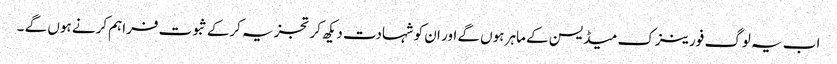
اب یہ لوگ فورینزک میڈیسن کے ماہر ہوں گے اور ان کو شہادت دیکھ کر تجزیہ کرکے ثبوت فراہم کرنے ہوں گے ۔